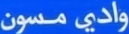
واديمسون